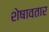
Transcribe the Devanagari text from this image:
शेषावतार